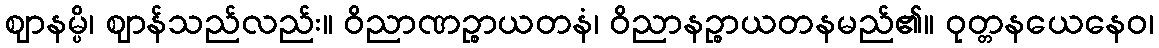
ဈာနမ္ပိ၊ ဈာန်သည်လည်း။ ဝိညာဏဉ္စာယတနံ၊ ဝိညာနဉ္စာယတနမည်၏။ ဝုတ္တနယေနေဝ၊